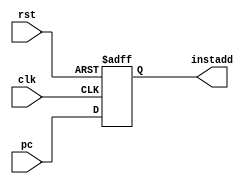
module pcReg(input clk, rst, input[31:0] pc, output reg[31:0] instadd);
  always@(posedge clk, posedge rst)begin
    if(rst) instadd <= 32'b0;
    else instadd <= pc;
    end
endmodule